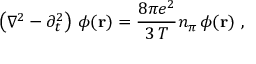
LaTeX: \left( \nabla ^ { 2 } - \partial _ { t } ^ { 2 } \right) \, \phi ( { \bf r } ) = \frac { 8 \pi e ^ { 2 } } { 3 \, T } n _ { \pi } \, \phi ( { \bf r } ) \ ,